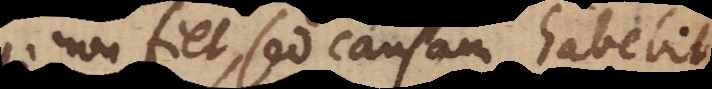
non fiet, sed causam habebi